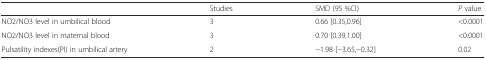
<table><thead><tr><td></td><td><b>Studies</b></td><td><b>SMD (95 %CI)</b></td><td><b><i>P</i> value</b></td></tr></thead><tbody><tr><td>NO2/NO3 level in umbilical blood</td><td>3</td><td>0.66 [0.35,0.96]</td><td>&lt;0.0001</td></tr><tr><td>NO2/NO3 level in maternal blood</td><td>3</td><td>0.70 [0.39,1.00]</td><td>&lt;0.0001</td></tr><tr><td>Pulsatility indexes(PI) in umbilical artery</td><td>2</td><td>−1.98 [−3.65,−0.32]</td><td>0.02</td></tr></tbody></table>